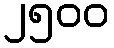
၂၅၀၀